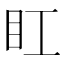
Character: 𥃽